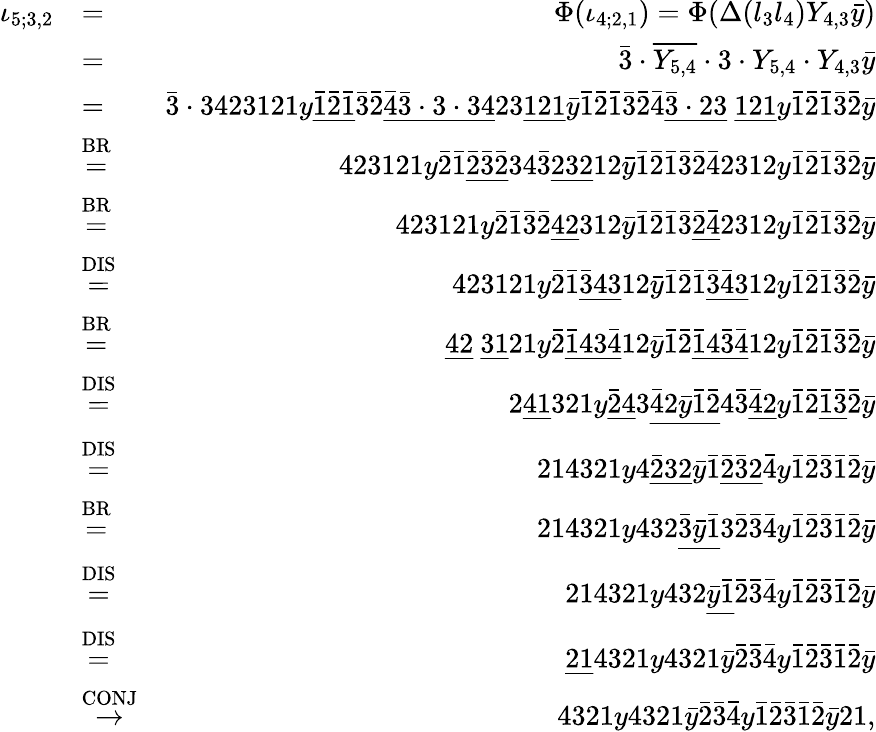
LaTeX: \begin{array}{rlr}{\iota_{5;3,2}}&{=}&{\Phi(\iota_{4;2,1})=\Phi(\Delta(l_{3}l_{4})Y_{4,3}\bar{y})}\\ &{=}&{\bar{3}\cdot\overline{{Y_{5,4}}}\cdot 3\cdot Y_{5,4}\cdot Y_{4,3}\bar{y}}\\ &{=}&{\bar{3}\cdot 3423121y\underline{{\bar{1}\bar{2}\bar{1}}}\bar{3}\bar{2}\underline{{\bar{4}\bar{3}\cdot 3\cdot 34}}23\underline{{121}}\bar{y}\bar{1}\bar{2}\bar{1}\bar{3}\bar{2}\bar{4}\underline{{\bar{3}\cdot 23}}\ \underline{{121}}y\bar{1}\bar{2}\bar{1}\bar{3}\bar{2}\bar{y}}\\ &{\stackrel{\mathrm{BR}}{=}}&{423121y\bar{2}\bar{1}\underline{{\bar{2}\bar{3}\bar{2}}}34\bar{3}\underline{{232}}12\bar{y}\bar{1}\bar{2}\bar{1}\bar{3}\bar{2}\bar{4}2312y\bar{1}\bar{2}\bar{1}\bar{3}\bar{2}\bar{y}}\\ &{\stackrel{\mathrm{BR}}{=}}&{423121y\bar{2}\bar{1}\bar{3}\bar{2}\underline{{42}}312\bar{y}\bar{1}\bar{2}\bar{1}\bar{3}\underline{{\bar{2}\bar{4}}}2312y\bar{1}\bar{2}\bar{1}\bar{3}\bar{2}\bar{y}}\\ &{\stackrel{\mathrm{DIS}}{=}}&{423121y\bar{2}\bar{1}\underline{{\bar{3}43}}12\bar{y}\bar{1}\bar{2}\bar{1}\underline{{\bar{3}\bar{4}3}}12y\bar{1}\bar{2}\bar{1}\bar{3}\bar{2}\bar{y}}\\ &{\stackrel{\mathrm{BR}}{=}}&{\underline{{42}}\ \underline{{31}}21y\bar{2}\underline{{\bar{1}43\bar{4}}}12\bar{y}\bar{1}\bar{2}\underline{{\bar{1}4\bar{3}\bar{4}}}12y\bar{1}\bar{2}\bar{1}\bar{3}\bar{2}\bar{y}}\\ &{\stackrel{\mathrm{DIS}}{=}}&{2\underline{{41}}321y\underline{{\bar{2}4}}3\underline{{\bar{4}2\bar{y}\bar{1}\bar{2}}}4\bar{3}\underline{{\bar{4}2}}y\bar{1}\bar{2}\underline{{\bar{1}\bar{3}}}\bar{2}\bar{y}}\\ &{\stackrel{\mathrm{DIS}}{=}}&{214321y4\underline{{\bar{2}32}}\bar{y}\bar{1}\underline{{\bar{2}\bar{3}2}}\bar{4}y\bar{1}\bar{2}\bar{3}\bar{1}\bar{2}\bar{y}}\\ &{\stackrel{\mathrm{BR}}{=}}&{214321y432\underline{{\bar{3}\bar{y}\bar{1}}}3\bar{2}\bar{3}\bar{4}y\bar{1}\bar{2}\bar{3}\bar{1}\bar{2}\bar{y}}\\ &{\stackrel{\mathrm{DIS}}{=}}&{214321y432\underline{{\bar{y}\bar{1}}}\bar{2}\bar{3}\bar{4}y\bar{1}\bar{2}\bar{3}\bar{1}\bar{2}\bar{y}}\\ &{\stackrel{\mathrm{DIS}}{=}}&{\underline{{21}}4321y4321\bar{y}\bar{2}\bar{3}\bar{4}y\bar{1}\bar{2}\bar{3}\bar{1}\bar{2}\bar{y}}\\ &{\stackrel{\mathrm{CONJ}}{\to}}&{4321y4321\bar{y}\bar{2}\bar{3}\bar{4}y\bar{1}\bar{2}\bar{3}\bar{1}\bar{2}\bar{y}21,}\end{array}